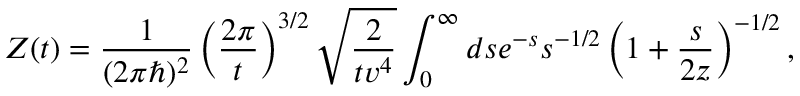
Z ( t ) = { \frac { 1 } { ( 2 \pi \hbar ) ^ { 2 } } } \left( { \frac { 2 \pi } { t } } \right) ^ { 3 / 2 } \sqrt { { \frac { 2 } { t v ^ { 4 } } } } \int _ { 0 } ^ { \infty } d s e ^ { - s } s ^ { - 1 / 2 } \left( 1 + { \frac { s } { 2 z } } \right) ^ { - 1 / 2 } ,